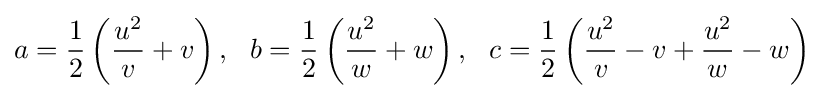
a={\frac {1}{2}}\left({\frac {u^{2}}{v}}+v\right),\ \ b={\frac {1}{2}}\left({\frac {u^{2}}{w}}+w\right),\ \ c={\frac {1}{2}}\left({\frac {u^{2}}{v}}-v+{\frac {u^{2}}{w}}-w\right)